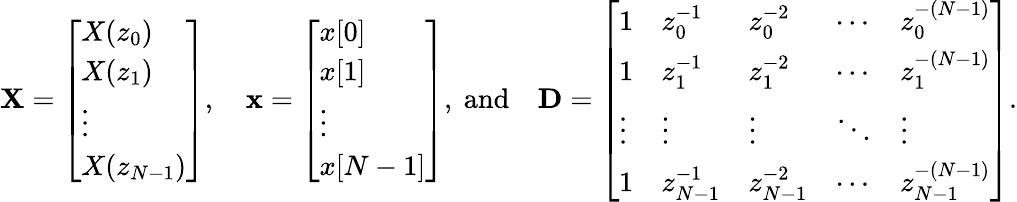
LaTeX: \mathbf{X}={\left[\begin{array}{l}{X(z_{0})}\\ {X(z_{1})}\\ {\vdots}\\ {X(z_{N-1})}\end{array}\right]},\quad\mathbf{x}={\left[\begin{array}{l}{x[0]}\\ {x[1]}\\ {\vdots}\\ {x[N-1]}\end{array}\right]},{\mathrm{~and}}\quad\mathbf{D}={\left[\begin{array}{lllll}{1}&{z_{0}^{-1}}&{z_{0}^{-2}}&{\cdots}&{z_{0}^{-(N-1)}}\\ {1}&{z_{1}^{-1}}&{z_{1}^{-2}}&{\cdots}&{z_{1}^{-(N-1)}}\\ {\vdots}&{\vdots}&{\vdots}&{\ddots}&{\vdots}\\ {1}&{z_{N-1}^{-1}}&{z_{N-1}^{-2}}&{\cdots}&{z_{N-1}^{-(N-1)}}\end{array}\right]}.